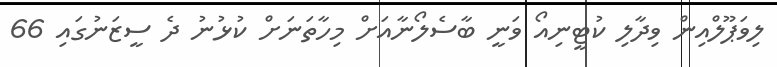
ލިވަޕޫލްއިން ވިދާލި ކުޓީނިއޯ ވަނީ ބާސެލޯނާއަށް މިހާތަނަށް ކުޅުނު ދެ ސީޒަނުގައި 66